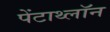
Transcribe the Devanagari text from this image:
पेंटाथ्लॉन